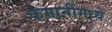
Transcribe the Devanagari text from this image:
कमानींमध्ये